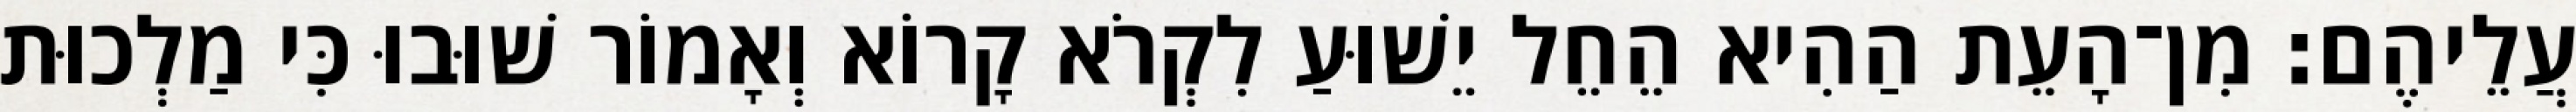
עֲלֵיהֶם׃ מִן־הָעֵת הַהִיא הֵחֵל יֵשׁוּעַ לִקְרֹא קָרוֹא וְאָמוֹר שׁוּבוּ כִּי מַלְכוּת